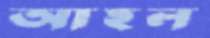
আহল